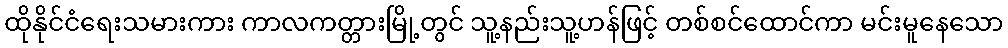
ထိုနိုင်ငံရေးသမားကား ကာလကတ္တားမြို့တွင် သူ့နည်းသူ့ဟန်ဖြင့် တစ်စင်ထောင်ကာ မင်းမူနေသော